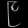
Digit: ၉